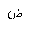
Letter: _dad